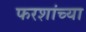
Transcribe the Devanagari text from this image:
फरशांच्या